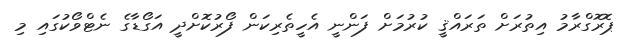
ޕޮރޮގްރާމު އިތުރަށް ތަރައްޤީ ކުރުމަށް ފަންނީ އެހީތެރިކަން ފޯރުކޮށްދީ އަގޯޑާގެ ނެޓްވޯކުގައި މި